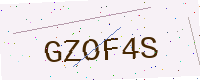
Text: GZOF4S